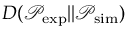
D ( \mathcal { P } _ { \mathrm { e x p } } | | \mathcal { P } _ { \mathrm { s i m } } )